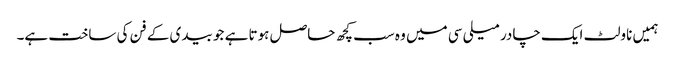
ہمیں ناولٹ ایک چادر میلی سی میں وہ سب کچھ حاصل ہوتا ہے جو بیدی کے فن کی ساخت ہے۔